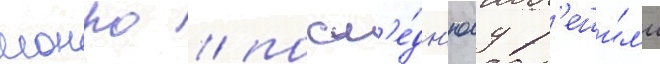
монро / посл'е́дн'юу р'еши́л'и